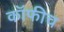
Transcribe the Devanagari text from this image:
कॉफीच